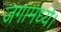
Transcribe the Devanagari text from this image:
जगामध्ये।